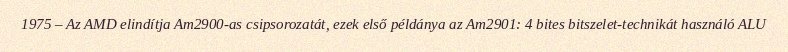
1975 – Az AMD elindítja Am2900-as csipsorozatát, ezek első példánya az Am2901: 4 bites bitszelet-technikát használó ALU